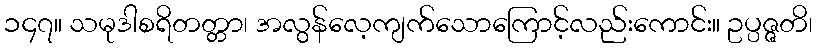
၁၄၇။ သမုဒါစရိတတ္တာ၊ အလွန်လေ့ကျက်သောကြောင့်လည်းကောင်း။ ဥပ္ပဇ္ဇတိ၊